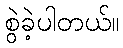
စွဲခဲ့ပါတယ်။